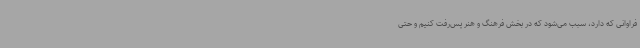
فراوانی که دارد، سبب می‌شود که در بخش فرهنگ و هنر پس‌رفت کنیم و حتی